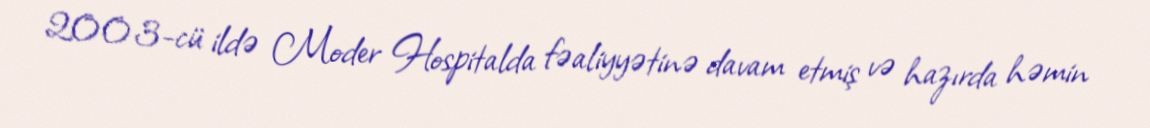
2003-cü ildə Moder Hospitalda fəaliyyətinə davam etmiş və hazırda həmin